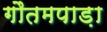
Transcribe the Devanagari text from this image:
गौतमपाड़ा